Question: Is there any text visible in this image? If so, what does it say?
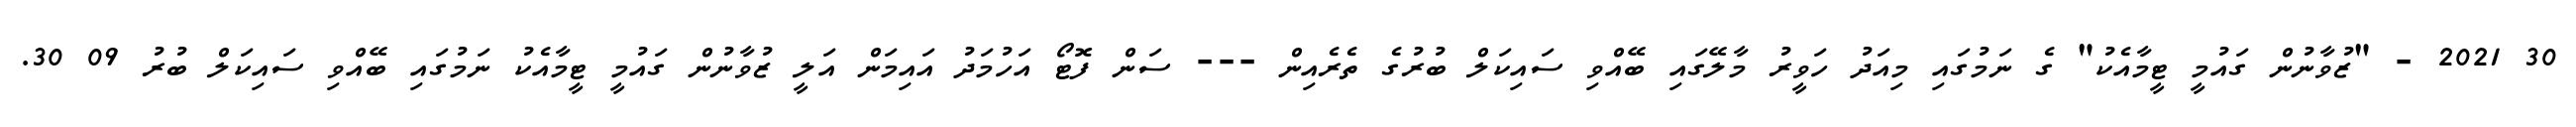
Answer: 30 2021 - "ޒުވާނުން ގައުމީ ޓީމާއެކު" ގެ ނަމުގައި މިއަދު ހަވީރު މާލޭގައި ބޭއްވި ސައިކަލް ބުރުގެ ތެރެއިން --- ސަން ފޮޓޯ އަހުމަދު އައިމަން އަލީ ޒުވާނުން ގައުމީ ޓީމާއެކު ނަމުގައި ބޭއްވި ސައިކަލް ބުރު 09 30.